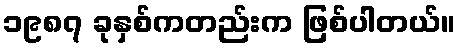
၁၉၈၇ ခုနှစ်ကတည်းက ဖြစ်ပါတယ်။